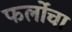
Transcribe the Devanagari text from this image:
फर्लोचा